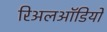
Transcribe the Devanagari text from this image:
रिअलऑडियो